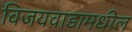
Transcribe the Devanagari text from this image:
विजयवाडामधील